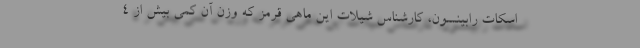
اسکات رابینسون، کارشناس شیلات این ماهی قرمز که وزن آن کمی بیش از ۴